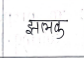
मजकूर: झलक